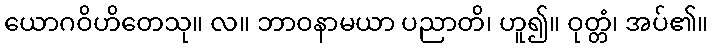
ယောဂဝိဟိတေသု။ လ။ ဘာဝနာမယာ ပညာတိ၊ ဟူ၍။ ဝုတ္တံ၊ အပ်၏။